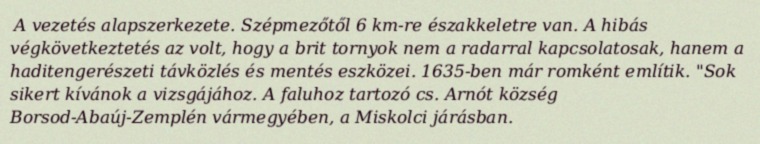
A vezetés alapszerkezete. Szépmezőtől 6 km-re északkeletre van. A hibás végkövetkeztetés az volt, hogy a brit tornyok nem a radarral kapcsolatosak, hanem a haditengerészeti távközlés és mentés eszközei. 1635-ben már romként említik. "Sok sikert kívánok a vizsgájához. A faluhoz tartozó cs. Arnót község Borsod-Abaúj-Zemplén vármegyében, a Miskolci járásban.